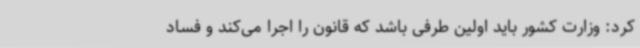
کرد: وزارت کشور باید اولین طرفی باشد که قانون را اجرا می‌کند و فساد